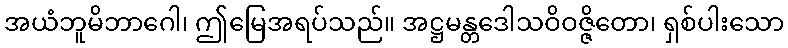
အယံဘူမိဘာဂေါ၊ ဤမြေအရပ်သည်။ အဋ္ဌမန္တဒေါသဝိဝဇ္ဇိတော၊ ရှစ်ပါးသော